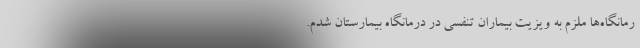
رمانگاه‌ها ملزم به ویزیت بیماران تنفسی در درمانگاه بیمارستان شدم.